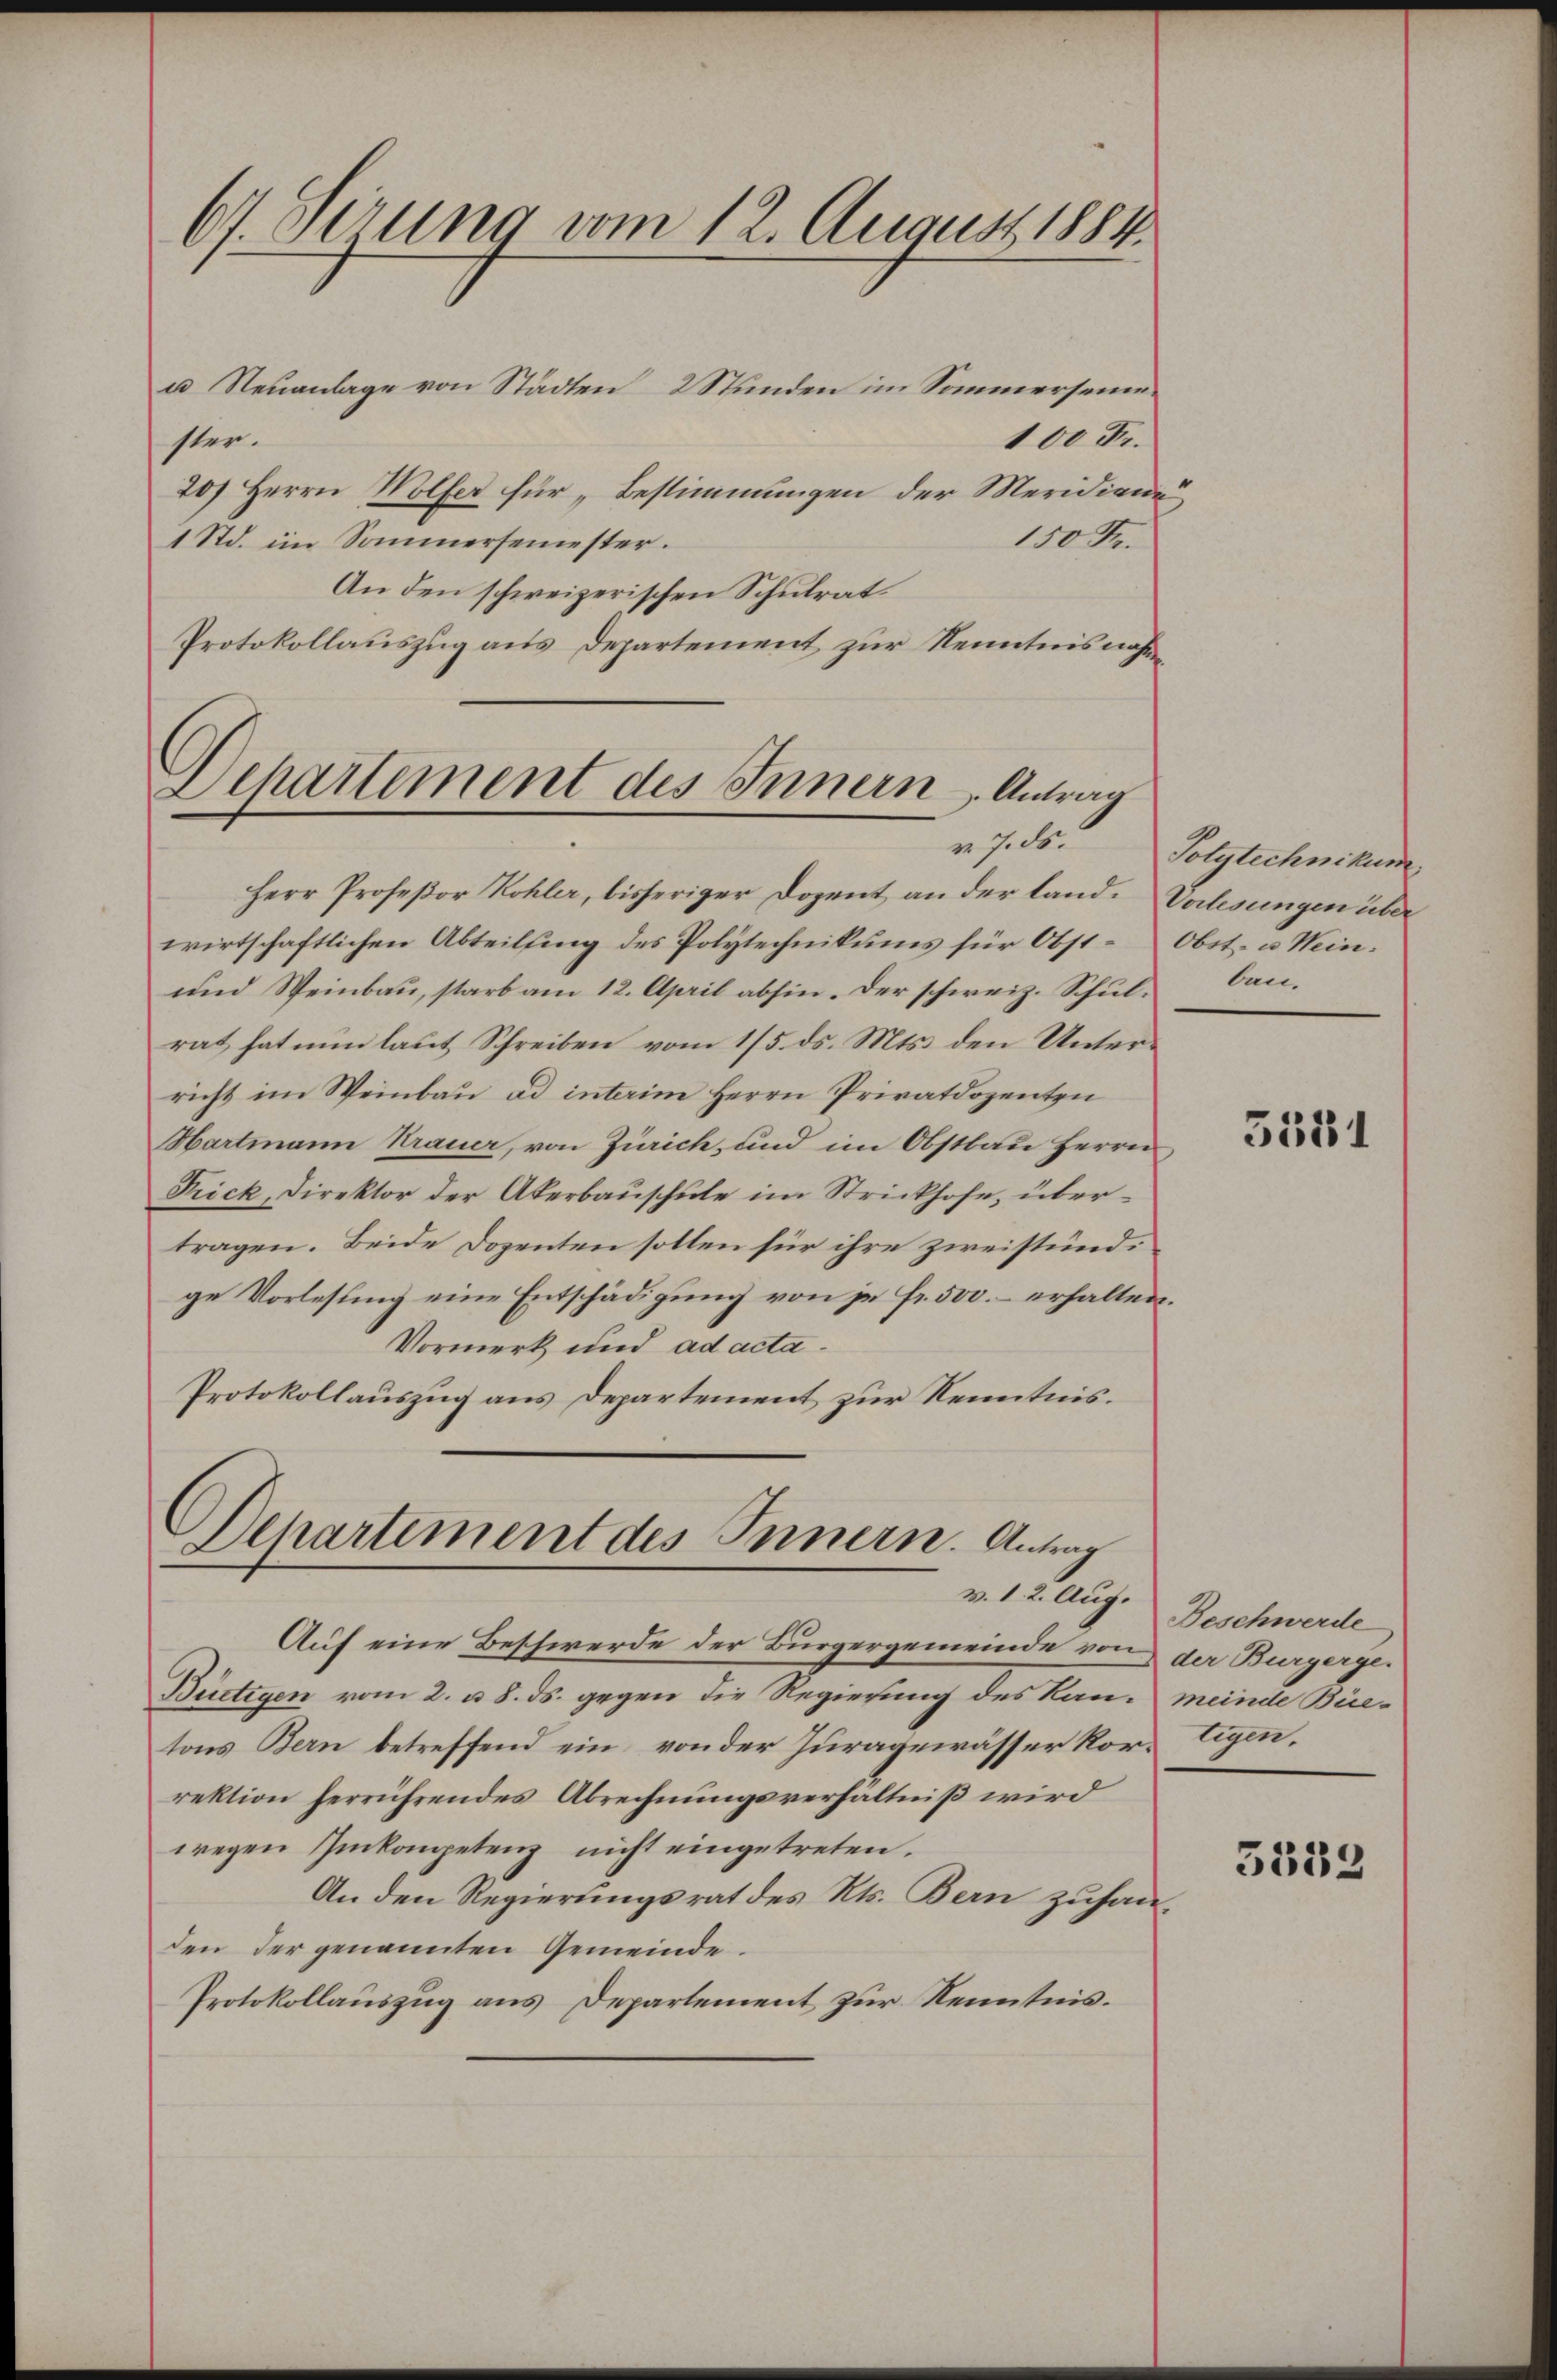
u Neuanlage von Städten 2 Stunden im Sommersemen¬
100 Fr.
ster.
20) Herrn Wolfer für „Bestimmungen der Meridiane
150 F.
1 Std. im Sommersemester.
An den schweizerischen Schulrat
Protokollauszug aus Departement zur Kenntnisnahm

67. Serung vom 12. August 1884.

Departement des Innern, Antrag
v. 7. ds.

Departement des Innern. Antrag

Herr Profeßor Kohler, bisheriger Dozent an der land. Vorlesungen über
wirtschaftlichen Abteilung des Polytechnikums für Obst Obst- u. Wein¬
und Weinbau, starb am 12. April abhin. Der schweiz. Schul- baurat hat nun laut Schreiben vom 15. ds. Mts. den Unterricht im Weinbau ad interim Herrn Privatdozenten
Hartmann Krauer, von Zürich, und im Obstbau Herrn
Frick, Direktor der Akerbauschule im Strickhofe, übertragen. Beide Dozenten sollen für ihre zweistundge Vorlesung eine Entschädigung von je Fr. 500.- erhalten.
Vormerk und ad acta.
Protokollauszug aus Departement zur Kenntnis.

Auf eine Beschwerde der Bürgergemeinde von der Burgerge¬
Bürtigen vom 2. u. 8. ds. gegen die Regierung des Kantons Bern betreffend ein von der Juragewässer Kor- Eigen,
rektion herrührendes Abrechnungsverhältniß wird
wegen Inkompetenz nicht eingetreten.
An den Regierungsrat des Kts. Bern zuhauden der genannten Gemeinde.
Protokollauszug aus Departement zur Kenntnis¬

Polytechnikum,

3381

v. 12. Aug. Beschwerde
meinde Bie¬

5333